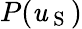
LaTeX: P(\mathit{u}_{\mathrm{{~S~}}})